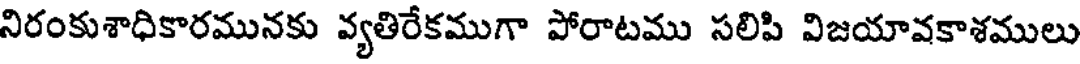
నిరంకుశాధికారమునకు వ్యతిరేకముగా పోరాటము సలిపి విజయావకాశములు